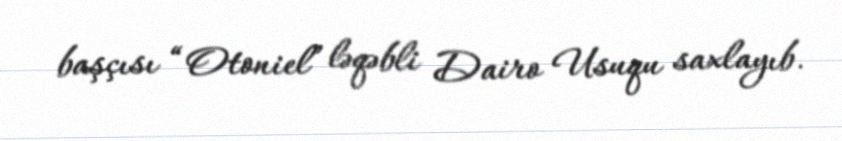
başçısı “Otoniel” ləqəbli Dairo Usuqu saxlayıb.